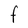
Character: F